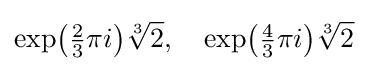
{\exp }{\bigl (}{\tfrac {2}{3}}\pi i{\bigr )}{\sqrt[{3}]{2}},\quad {\exp }{\bigl (}{\tfrac {4}{3}}\pi i{\bigr )}{\sqrt[{3}]{2}}